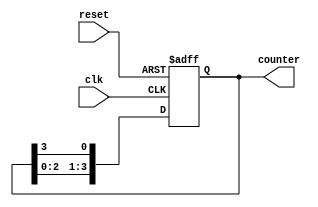
module ring_counter #(
    parameter N = 4 // Number of memory blocks (flip-flops)
)(
    input wire clk,       // Clock input
    input wire reset,     // Asynchronous reset
    output reg [N-1:0] counter // Output representing the state of the ring counter
);

    // Initial state (only the first flip-flop is set)
    initial begin
        counter = 1'b1; // Start with the first flip-flop high
    end

    always @(posedge clk or posedge reset) begin
        if (reset) begin
            counter <= 1'b1; // Reset to the initial state (first flip-flop high)
        end else begin
            // Shift the '1' to the left, wrapping around to the first position
            counter <= {counter[N-2:0], counter[N-1]};
        end
    end

endmodule